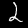
Digit: 2